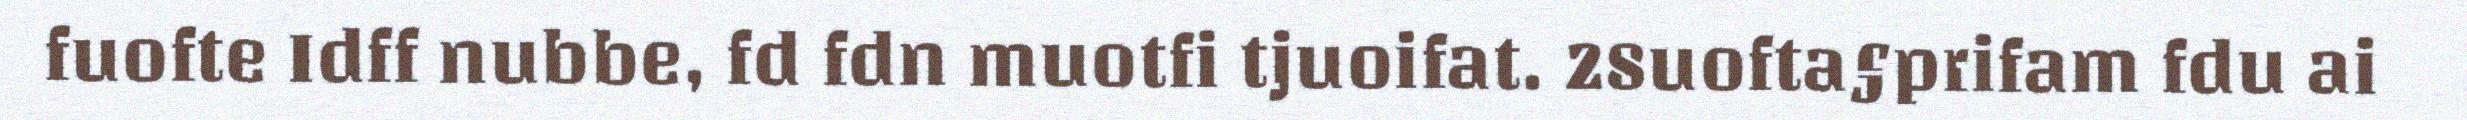
fuofte Idff nubbe, fd fdn muotfi tjuoifat. 28uofta§prifam fdu ai